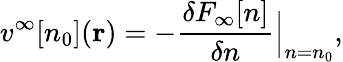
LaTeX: v^{\infty}[n_{0}](\mathbf{r})=-\frac{\delta F_{\infty}[n]}{\delta n}\Big|_{n=n_{0}},